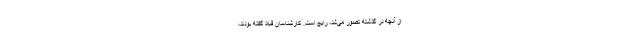
از آنچه در گذشته تصور می‌شد، رایج است. کارشناسان قبلا گفته بودند،